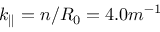
k _ { | | } = n / R _ { 0 } = 4 . 0 m ^ { - 1 }